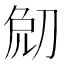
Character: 𠜧